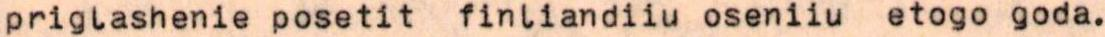
priglashenie posetit finliandiiu oseniiu etogo goda.